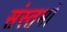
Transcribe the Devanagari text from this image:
संस्तभों